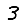
Digit: 3